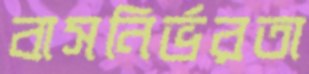
বাসনির্ভরতা